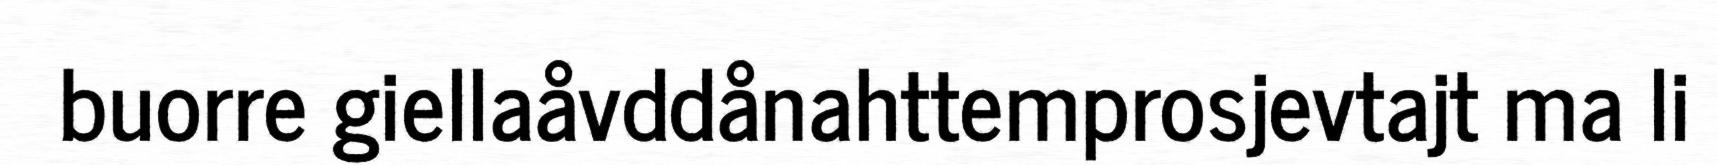
buorre giellaåvddånahttemprosjevtajt ma li